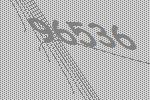
96536